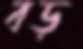
বড়